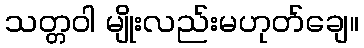
သတ္တဝါ မျိုးလည်းမဟုတ်ချေ။